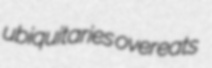
ubiquitaries overeats